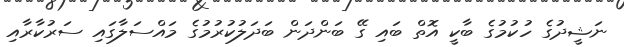
ނަޝީދުގެ ހުކުމުގެ ބާކީ އޮތް ބައި ގޭ ބަންދަން ބަދަލުކުރުމުގެ މައްސަލާގައި ސަރުކާރާއި